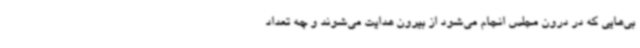
بی‌هایی که در درون مجلس انجام می‌شود از بیرون هدایت می‌شوند و چه تعداد